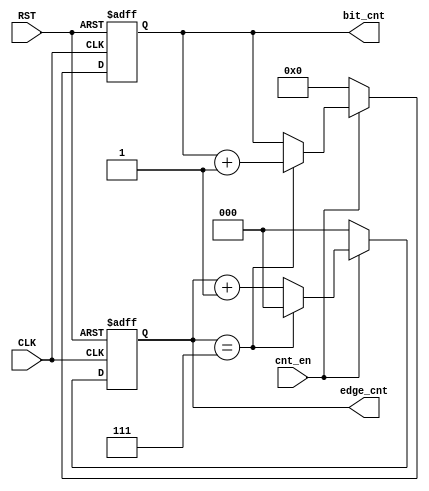
`timescale 1ns / 1ps
//////////////////////////////////////////////////////////////////////////////////
// Company: 
// Engineer: 
// 
// Design Name: 
// Module Name: EDGE_BIT_COUNTER (UART-RX)
// Project Name: LowPowerMultiClockDigtialCommuSys
// Target Devices: 
// Tool Versions: 
// Description: 
// 
// Dependencies: 
// 
// Revision:
// Revision 0.01 - File Created
// Additional Comments:
// 
//////////////////////////////////////////////////////////////////////////////////
module EDGE_BIT_COUNTER #(
    parameter BIT_CNT_WIDTH  = 4,
    parameter EDGE_CNT_WIDTH = 3,
    parameter EDGE_CNT_STRT  = 3'b000,
    parameter EDGE_CNT_LMT   = 3'b111   
    ) (
    input   wire                         CLK,
    input   wire                         RST,
    input   wire                         cnt_en,
    output  reg  [BIT_CNT_WIDTH-1  : 0]  bit_cnt,
    output  reg  [EDGE_CNT_WIDTH-1 : 0]  edge_cnt
    );

    wire                                edge_cnt_done;


    always @(posedge CLK, negedge RST)
    begin
        if(~RST) begin
            edge_cnt <= EDGE_CNT_STRT;
            bit_cnt  <= 'b0;
        end
        else begin
            if(cnt_en) begin
                edge_cnt <= ~edge_cnt_done ? edge_cnt + 1 : EDGE_CNT_STRT;
                bit_cnt  <=  edge_cnt_done ? bit_cnt + 1  : bit_cnt;
            end
            else begin
                edge_cnt <= EDGE_CNT_STRT;
                bit_cnt  <=  'b0;
            end
        end
    end


    assign edge_cnt_done = (edge_cnt == EDGE_CNT_LMT);



endmodule